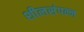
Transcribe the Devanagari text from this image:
शीलसंपन्न